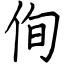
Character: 侚